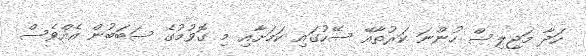
ހަދާ މަޖިލިސް ހުންނަ ކަރުތާއޭ ސޭހުގައި ކަމަށާއި މި ގޮވުމުގެ ސަބަބުން އެއްވެސް